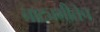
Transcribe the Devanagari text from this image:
नाट्यगीतेच